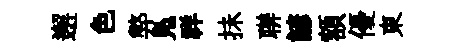
邂色弊鳬祥抺聨諺額優東